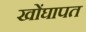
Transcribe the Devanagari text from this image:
खोंघापत